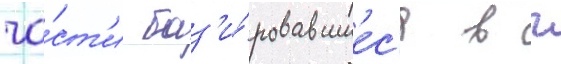
ча́ст'и баз'и́ровавшиес'я в г